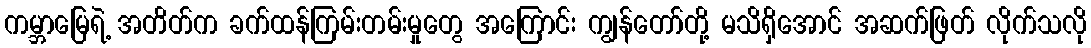
ကမ္ဘာမြေရဲ့ အတိတ်က ခက်ထန်ကြမ်းတမ်းမှုတွေ အကြောင်း ကျွန်တော်တို့ မသိရှိအောင် အဆက်ဖြတ် လိုက်သလို